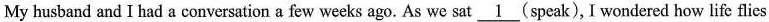
My husband and I had a conversation a few weeks ago. As we sat \underline{1}(speak), I wondered how life flies